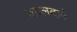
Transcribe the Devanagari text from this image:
लालदाने